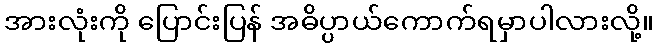
အားလုံးကို ပြောင်းပြန် အဓိပ္ပာယ်ကောက်ရမှာပါလားလို့။